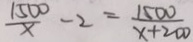
\frac { 1 5 0 0 } { x } - 2 = \frac { 1 5 0 0 } { x + 2 0 0 }